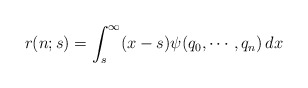
\begin{align*}r(n;s)=\int_s^\infty (x-s) \psi(q_0,\cdots,q_n)\, dx\end{align*}